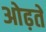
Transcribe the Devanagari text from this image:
ओढ़ते